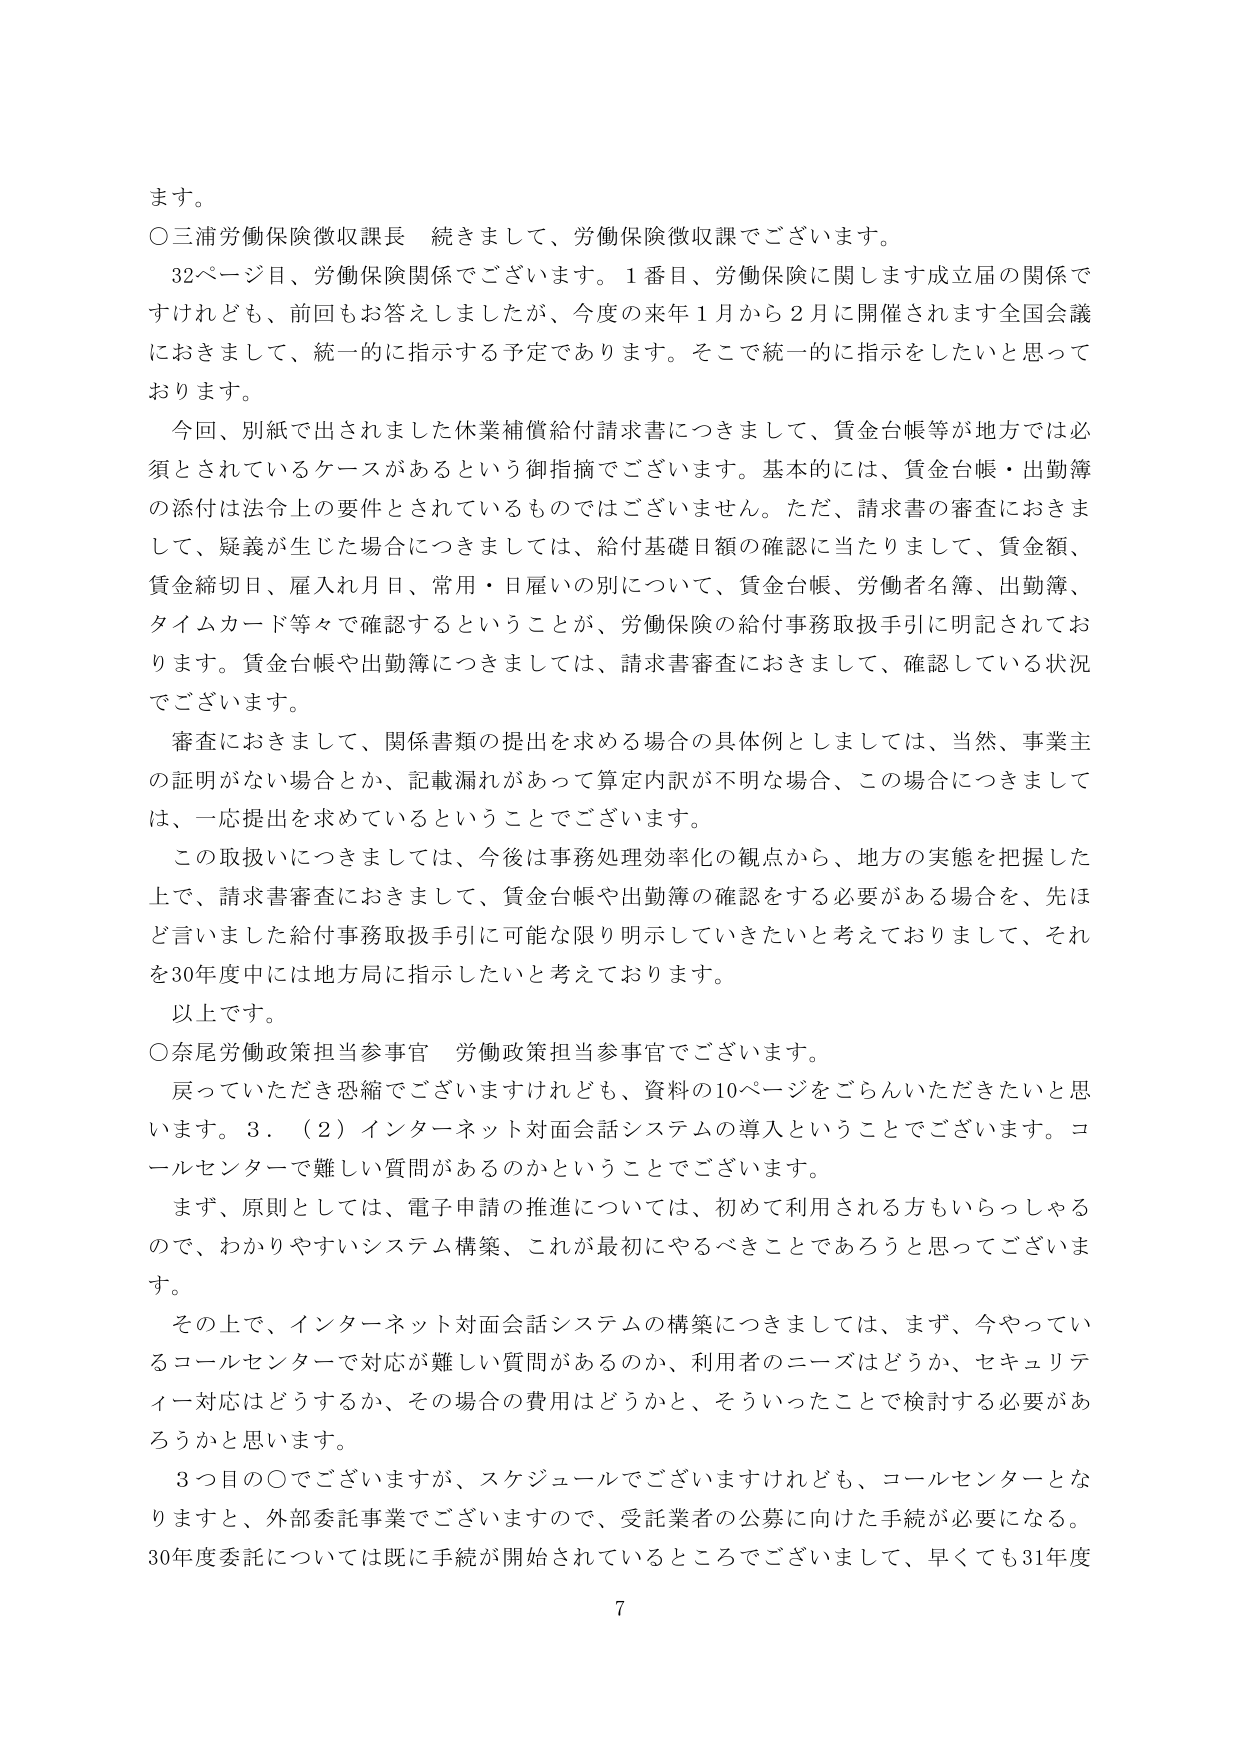
ます。

○三浦労働保険徴収課長　続きまして、労働保険徴収課でございます。

　32ページ目、労働保険関係でございます。1番目、労働保険に関します成立届の関係ですけれども、前回もお答えしましたが、今度の来年1月から2月に開催されます全国会議におきまして、統一的に指示する予定であります。そこで統一的に指示をしたいと思っております。

　今回、別紙で出されました休業補償給付請求書につきまして、賃金台帳等が地方では必須とされているケースがあるという御指摘でございます。基本的には、賃金台帳・出勤簿の添付は法令上の要件とされているものではございません。ただ、請求書の審査におきまして、疑義が生じた場合につきましては、給付基礎日額の確認に当たりまして、賃金額、賃金締切日、雇入れ月日、常用・日雇いの別について、賃金台帳、労働者名簿、出勤簿、タイムカード等々で確認するということが、労働保険の給付事務取扱手引に明記されております。賃金台帳や出勤簿につきましては、請求書審査におきまして、確認している状況でございます。

　審査におきまして、関係書類の提出を求める場合の具体例としましては、当然、事業主の証明がない場合とか、記載漏れがあって算定内訳が不明な場合、この場合につきましては、一応提出を求めているということでございます。

　この取扱につきましては、今後は事務処理効率化の観点から、地方の実態を把握した上で、請求書審査におきまして、賃金台帳や出勤簿の確認をする必要がある場合を、先ほど言いました給付事務取扱手引に可能な限り明示していきたいと考えておりまして、それを30年度中には地方局に指示したいと考えております。

　以上です。

○奈尾労働政策担当参事官　労働政策担当参事官でございます。

　戻っていただき恐縮でございますけれども、資料の10ページをごらんいただきたいと思います。3．（2）インターネット対面会話システムの導入ということでございます。コールセンターで難しい質問があるのかということでございます。

　まず、原則としては、電子申請の推進については、初めて利用される方もいらっしゃるので、わかりやすいシステム構築、これが最初にやるべきことであろうと思ってございます。

　その上で、インターネット対面会話システムの構築につきましては、まず、今やっているコールセンターで対応が難しい質問があるのか、利用者のニーズはどうか、セキュリティ対応はどうするか、その場合の費用はどうかと、そういったことで検討する必要があろうかと思います。

　3つ目の○でございますが、スケジュールでございますけれども、コールセンターとなりますと、外部委託事業でございますので、受託業者の公募に向けた手続が必要になる。30年度委託については既に手続が開始されているところでございまして、早くても数1年度

7